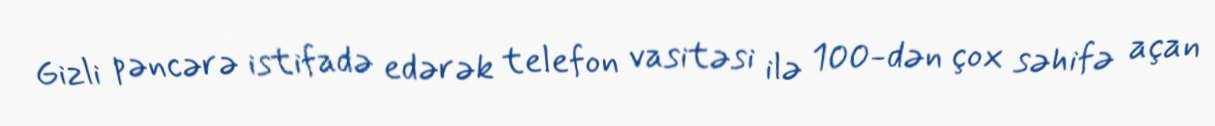
Gizli pəncərə istifadə edərək telefon vasitəsi ilə 100-dən çox səhifə açan